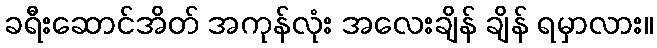
ခရီးဆောင်အိတ် အကုန်လုံး အလေးချိန် ချိန် ရမှာလား။